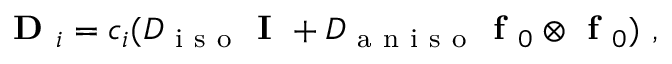
\begin{array} { r } { \textbf { D } _ { i } = c _ { i } ( D _ { \mathrm { ~ i ~ s ~ o ~ } } \textbf { I } + D _ { \mathrm { ~ a ~ n ~ i ~ s ~ o ~ } } \textbf { f } _ { 0 } \otimes \textbf { f } _ { 0 } ) \mathrm { ~ , ~ } } \end{array}